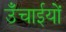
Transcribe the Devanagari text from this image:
उँचाईयों